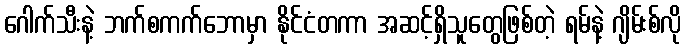
ဂေါက်သီးနဲ့ ဘက်စကက်ဘောမှာ နိုင်ငံတကာ အဆင့်ရှိသူတွေဖြစ်တဲ့ ရမ်နဲ့ ဂျိမ်းစ်လို